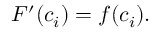
F ^ { \prime } ( c _ { i } ) = f ( c _ { i } ) .